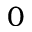
0